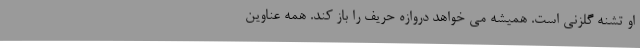
او تشنه گلزنی است. همیشه می خواهد دروازه حریف را باز کند. همه عناوین